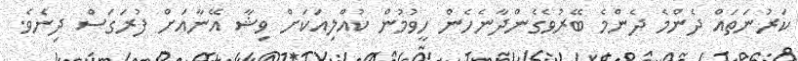
ކަރުނަތައް ދެންމެ ދެންމެ ބޭރުވެގެންދާނެހެން ހީވުމުން ކުއްލިއަކަށް ވިޝާ އޭނާއަށް ފުރަގަސް ދިނެވެ.